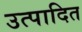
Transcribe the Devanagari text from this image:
उत्पादित